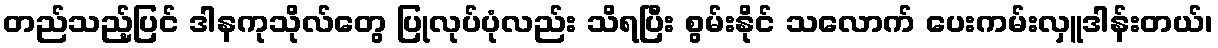
တည်သည့်ပြင် ဒါနကုသိုလ်တွေ ပြုလုပ်ပုံလည်း သိရပြီး စွမ်းနိုင် သလောက် ပေးကမ်းလှူဒါန်းတယ်၊